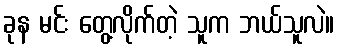
ခုန မင်း တွေ့လိုက်တဲ့ သူက ဘယ်သူလဲ။